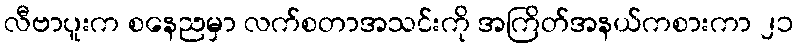
လီဗာပူးက စနေညမှာ လက်စတာအသင်းကို အကြိတ်အနယ်ကစားကာ ၂၁